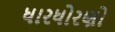
ધારધોરણો